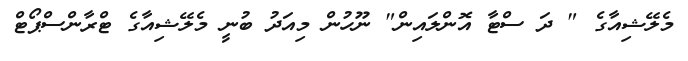
މެލޭޝިއާގެ " ދަ ސްޓާ އޮންލައިން" ނޫހުން މިއަދު ބުނީ މެލޭޝިއާގެ ޓްރާންސްޕޯޓް